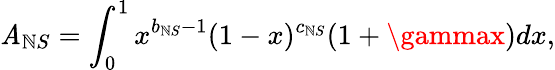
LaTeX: \mathit{A}_{\mathbb{N}S}=\int_{0}^{1}x^{b_{\mathbb{N}S}-1}(1-x)^{c_{\mathbb{N}S}}(1+\gammax)dx,